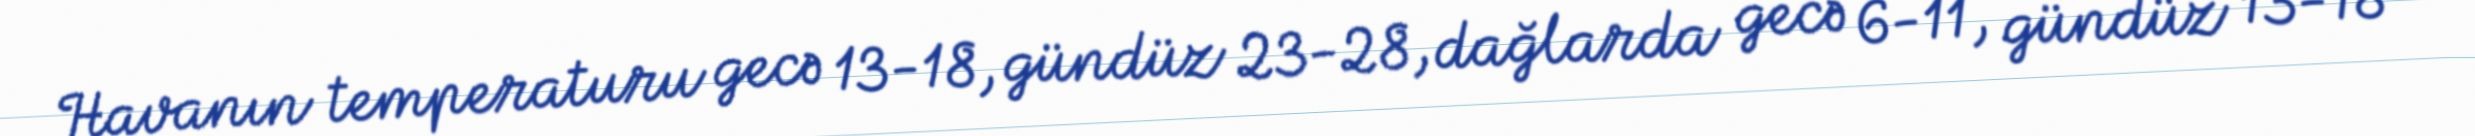
Havanın temperaturu gecə 13-18, gündüz 23-28, dağlarda gecə 6-11, gündüz 13-18